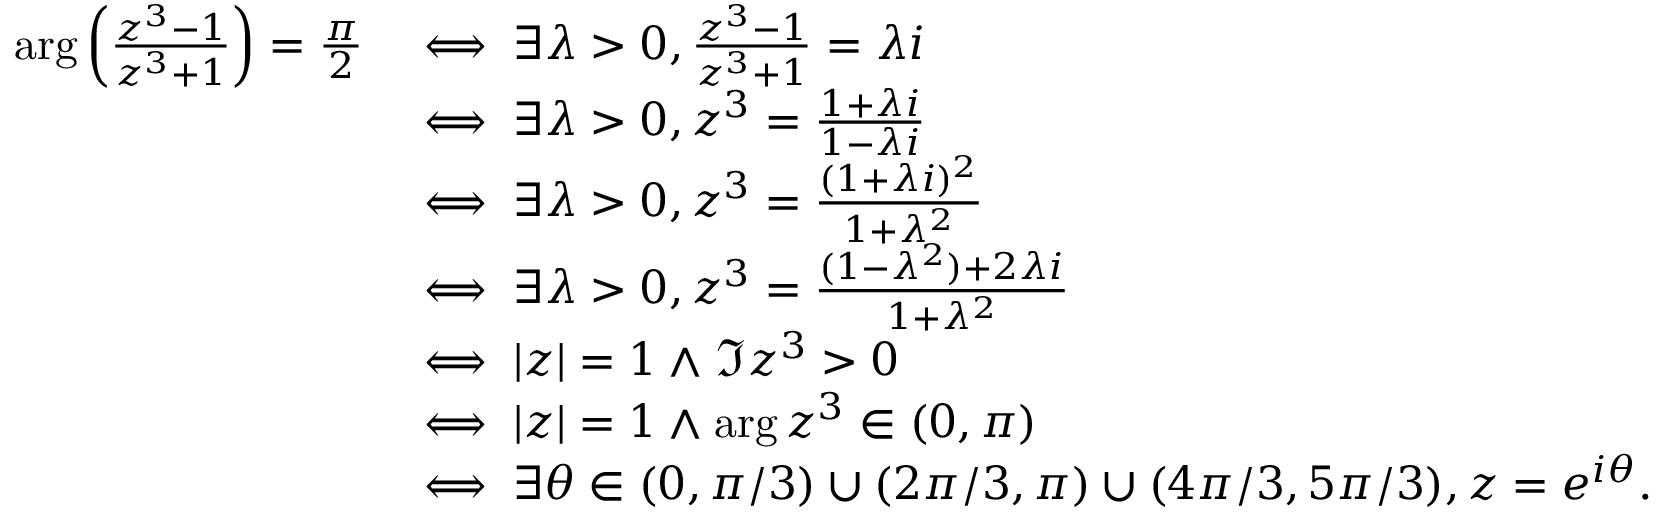
\begin{array} { r l } { \arg \left( \frac { z ^ { 3 } - 1 } { z ^ { 3 } + 1 } \right) = \frac { \pi } { 2 } } & { \iff \exists \lambda > 0 , \frac { z ^ { 3 } - 1 } { z ^ { 3 } + 1 } = \lambda i } \\ & { \iff \exists \lambda > 0 , z ^ { 3 } = \frac { 1 + \lambda i } { 1 - \lambda i } } \\ & { \iff \exists \lambda > 0 , z ^ { 3 } = \frac { ( 1 + \lambda i ) ^ { 2 } } { 1 + \lambda ^ { 2 } } } \\ & { \iff \exists \lambda > 0 , z ^ { 3 } = \frac { ( 1 - \lambda ^ { 2 } ) + 2 \lambda i } { 1 + \lambda ^ { 2 } } } \\ & { \iff | z | = 1 \wedge \Im z ^ { 3 } > 0 } \\ & { \iff | z | = 1 \wedge \arg z ^ { 3 } \in ( 0 , \pi ) } \\ & { \iff \exists \theta \in ( 0 , \pi / 3 ) \cup ( 2 \pi / 3 , \pi ) \cup ( 4 \pi / 3 , 5 \pi / 3 ) , z = e ^ { i \theta } . } \end{array}